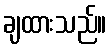
ချထားသည်။